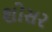
શોસર